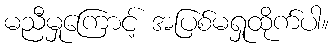
မညီမှုကြောင့် အပြစ်မရှုထိုက်ပါ။